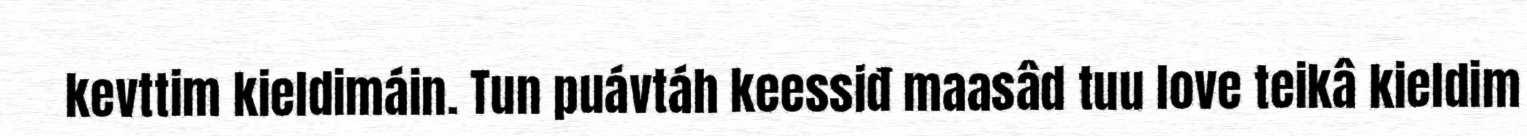
kevttim kieldimáin. Tun puávtáh keessiđ maasâd tuu love teikâ kieldim